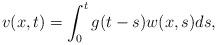
LaTeX: \begin{align*}v(x,t)=\int_0^t g(t-s)w(x,s)ds,\end{align*}